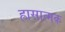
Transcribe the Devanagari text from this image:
ह्रासात्मक